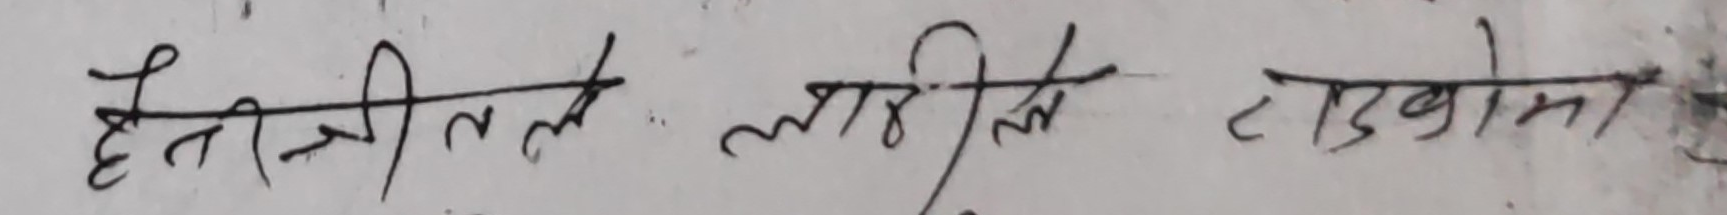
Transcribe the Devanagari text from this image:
हैन्न त लारिले टडबोमा